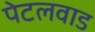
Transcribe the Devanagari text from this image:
पेटलवाड